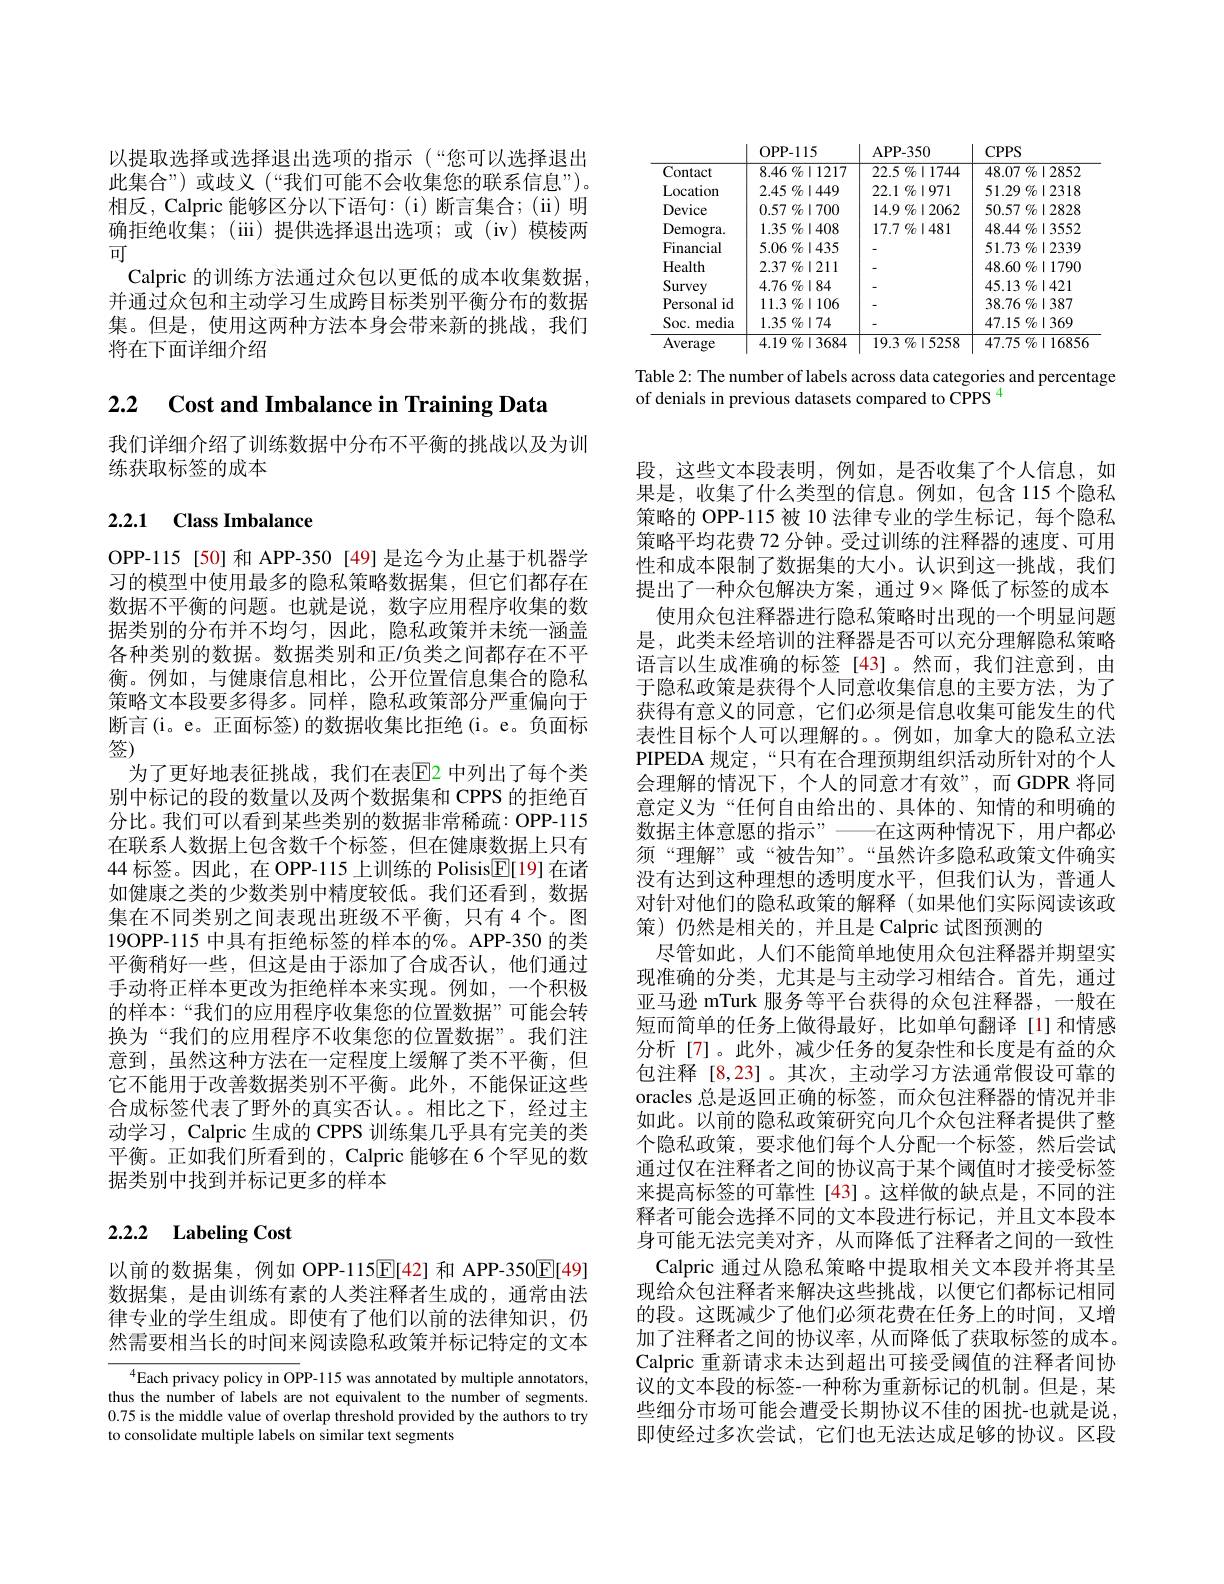
以提取选择或选择退出选项的指示(“您可以选择退出此集合”)或歧义(“我们可能不会收集您的联系信息”)。相反，Calpric 能够区分以下语句：(i)断言集合；(ii)明确拒绝收集；(iii)提供选择退出选项；或(iv)模棱两可
Calpric 的训练方法通过众包以更低的成本收集数据并通过众包和主动学习生成跨目标类别平衡分布的数据集。但是，使用这两种方法本身会带来新的挑战，我们将在下面详细介绍

2.2 $\textbf{Cost and Imbalance in Training Data}$

我们详细介绍了训练数据中分布不平衡的挑战以及为训
练获取标签的成本

# 2.2.1 Class Imbalance

OPP-115[50]和APP-350[49]是迄今为止基于机器学习的模型中使用最多的隐私策略数据集，但它们都存在数据不平衡的问题。也就是说，数字应用程序收集的数据类别的分布并不均匀，因此，隐私政策并未统一涵盖各种类别的数据。数据类别和正/负类之间都存在不平衡。例如，与健康信息相比，公开位置信息集合的隐私策略文本段要多得多。同样，隐私政策部分严重偏向于断言(i。e。正面标签)的数据收集比拒绝(i。e。负面标签)
为了更好地表征挑战，我们在表$\mathbb{E}$2 中列出了每个类别中标记的段的数量以及两个数据集和 CPPS 的拒绝百分比。我们可以看到某些类别的数据非常稀疏：OPP-115在联系人数据上包含数千个标签，但在健康数据上只有44 标签。因此，在 OPP-115 上训练的 Polisis$\underline{\mathbb{E}}[19]$在诸如健康之类的少数类别中精度较低。我们还看到，数据集在不同类别之间表现出班级不平衡，只有4个。图19OPP-115 中具有拒绝标签的样本的%。APP-350 的类平衡稍好一些，但这是由于添加了合成否认，他们通过手动将正样本更改为拒绝样本来实现。例如，一个积极的样本：“我们的应用程序收集您的位置数据”可能会转换为“我们的应用程序不收集您的位置数据”。我们注意到，虽然这种方法在一定程度上缓解了类不平衡，但它不能用于改善数据类别不平衡。此外，不能保证这些合成标签代表了野外的真实否认。。相比之下，经过主动学习，Calpric 生成的 CPPS 训练集几乎具有完美的类平衡。正如我们所看到的，Calpric 能够在 6 个罕见的数据类别中找到并标记更多的样本

# 2.2.2 Labeling Cost

以前的数据集，例如 OPP-115$\overline{\mathrm{E}}[42]$和 APP-350$\underline{\mathrm{E}}[49]$ 数据集，是由训练有素的人类注释者生成的，通常由法律专业的学生组成。即使有了他们以前的法律知识，仍然需要相当长的时间来阅读隐私政策并标记特定的文本

$^{4}$Each privacy policy in OPP-115 was annotated by multiple annotators, thus the number of labels are not equivalent to the number of segments. 0.75 is the middle value of overlap threshold provided by the authors to try to consolidate multiple labels on similar text segments

<table>
	<tbody>
		<tr>
			<th> </th>
			<th>OPP- 115</th>
			<th>APP- 350</th>
			<th>$CPPS$</th>
		</tr>
		<tr>
			<td>Contact</td>
			<td>$8.46\%\mid1217$</td>
			<td>$22.5\%\mid1744$</td>
			<td>$48.07\%\mid2852$</td>
		</tr>
		<tr>
			<td>Location</td>
			<td>$2.45\%\mid449$</td>
			<td>$22.1\%\mid971$</td>
			<td>$51.29\%\mid2318$</td>
		</tr>
		<tr>
			<td>Device</td>
			<td>$0.57\%\mid700$</td>
			<td>$14.9\%\mid2062$</td>
			<td>$50.57\%\mid2828$</td>
		</tr>
		<tr>
			<td>Demogra.</td>
			<td>$1.35\%\mid408$</td>
			<td>$17.7\%\mid481$</td>
			<td>$48.44\%\mid3552$</td>
		</tr>
		<tr>
			<td>Financial</td>
			<td>$5.06\%\mid435$</td>
			<td> </td>
			<td>$51.73\%\mid2339$</td>
		</tr>
		<tr>
			<td>Health</td>
			<td>$2.37\%\mid211$</td>
			<td> </td>
			<td>$48.60\%\mid1790$</td>
		</tr>
		<tr>
			<td>Survey</td>
			<td>$4.76\%|84$</td>
			<td> </td>
			<td>$45.13\%\mid421$</td>
		</tr>
		<tr>
			<td>Personal $id$</td>
			<td>$11.3\%\mid106$</td>
			<td> </td>
			<td>$38.76\%\mid387$</td>
		</tr>
		<tr>
			<td>Soc. media</td>
			<td>$1.35\%|74$</td>
			<td> </td>
			<td>$47.15\%\mid369$</td>
		</tr>
		<tr>
			<td>Average</td>
			<td>$4.19\%13684$</td>
			<td>$19.3\%|5258$</td>
			<td>$47.75\%|16856$</td>
		</tr>
	</tbody>
</table>

Table 2: The number of labels across data categories and percentage
of denials in previous datasets compared to CPPS 4

段，这些文本段表明，例如，是否收集了个人信息，如果是，收集了什么类型的信息。例如，包含 115个隐私策略的 OPP-115 被 10 法律专业的学生标记，每个隐私策略平均花费 72 分钟。受过训练的注释器的速度、可用性和成本限制了数据集的大小。认识到这一挑战，我们提出了一种众包解决方案，通过 9×降低了标签的成本
使用众包注释器进行隐私策略时出现的一个明显问题是，此类未经培训的注释器是否可以充分理解隐私策略语言以生成准确的标签[43]。然而，我们注意到，由于隐私政策是获得个人同意收集信息的主要方法，为了获得有意义的同意，它们必须是信息收集可能发生的代表性目标个人可以理解的。。例如，加拿大的隐私立法PIPEDA 规定，“只有在合理预期组织活动所针对的个人会理解的情况下，个人的同意才有效”,而 GDPR 将同意定义为“任何自由给出的、具体的、知情的和明确的数据主体意愿的指示”——在这两种情况下，用户都必须“理解”或“被告知”。“虽然许多隐私政策文件确实没有达到这种理想的透明度水平，但我们认为，普通人对针对他们的隐私政策的解释(如果他们实际阅读该政策)仍然是相关的，并且是 Calpric 试图预测的
尽管如此，人们不能简单地使用众包注释器并期望实现准确的分类，尤其是与主动学习相结合。首先，通过亚马逊 mTurk 服务等平台获得的众包注释器，一般在短而简单的任务上做得最好，比如单句翻译[1]和情感分析[7]。此外，减少任务的复杂性和长度是有益的众包注释 [8,23]。其次，主动学习方法通常假设可靠的oracles 总是返回正确的标签，而众包注释器的情况并非如此。以前的隐私政策研究向几个众包注释者提供了整个隐私政策，要求他们每个人分配一个标签，然后尝试通过仅在注释者之间的协议高于某个阈值时才接受标签来提高标签的可靠性[43]。这样做的缺点是，不同的注释者可能会选择不同的文本段进行标记，并且文本段本身可能无法完美对齐，从而降低了注释者之间的一致性
Calpric 通过从隐私策略中提取相关文本段并将其呈现给众包注释者来解决这些挑战，以便它们都标记相同的段。这既减少了他们必须花费在任务上的时间，又增加了注释者之间的协议率，从而降低了获取标签的成本。Calpric 重新请求未达到超出可接受阈值的注释者间协议的文本段的标签-一种称为重新标记的机制。但是，某些细分市场可能会遭受长期协议不佳的困扰-也就是说， 即使经过多次尝试，它们也无法达成足够的协议。区段